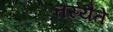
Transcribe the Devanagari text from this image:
तस्यैते